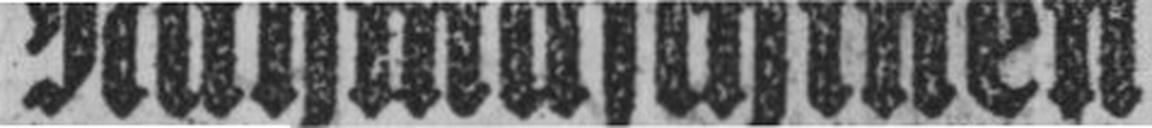
Nähmaschinen